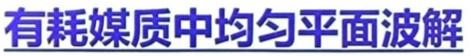
有耗媒质中均匀平面波解